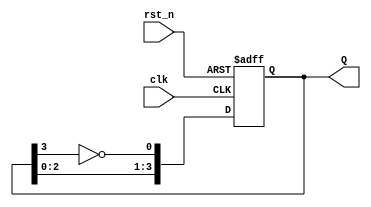
module johnson_counter (
    input wire clk,       // Clock input
    input wire rst_n,     // Asynchronous reset (active low)
    output reg [3:0] Q    // 4-bit output for the counter
);

// Always block for synchronous behavior
always @(posedge clk or negedge rst_n) begin
    if (!rst_n) begin
        // Asynchronous reset: set counter to 0
        Q <= 4'b0000;
    end else begin
        // Johnson counter logic
        Q[0] <= ~Q[3];       // Invert the last flip-flop and feed to first
        Q[1] <= Q[0];        // Shift the output of Q[0] to Q[1]
        Q[2] <= Q[1];        // Shift the output of Q[1] to Q[2]
        Q[3] <= Q[2];        // Shift the output of Q[2] to Q[3]
    end
end

endmodule